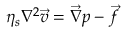
\eta _ { s } \nabla ^ { 2 } \vec { v } = \vec { \nabla } p - \vec { f }